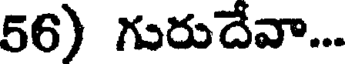
56) గురుదేవా...